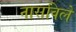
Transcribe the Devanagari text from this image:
नासविले